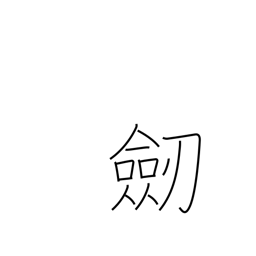
Meaning: sword